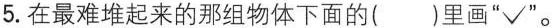
5.在最难堆起来的那组物体下面的( )里画”√” 。